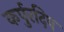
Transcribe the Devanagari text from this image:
कर्पुरदिप